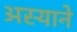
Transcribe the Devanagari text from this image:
अस्याने